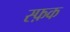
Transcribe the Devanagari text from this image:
स्फ़क